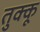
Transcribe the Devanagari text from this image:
तुक्कू